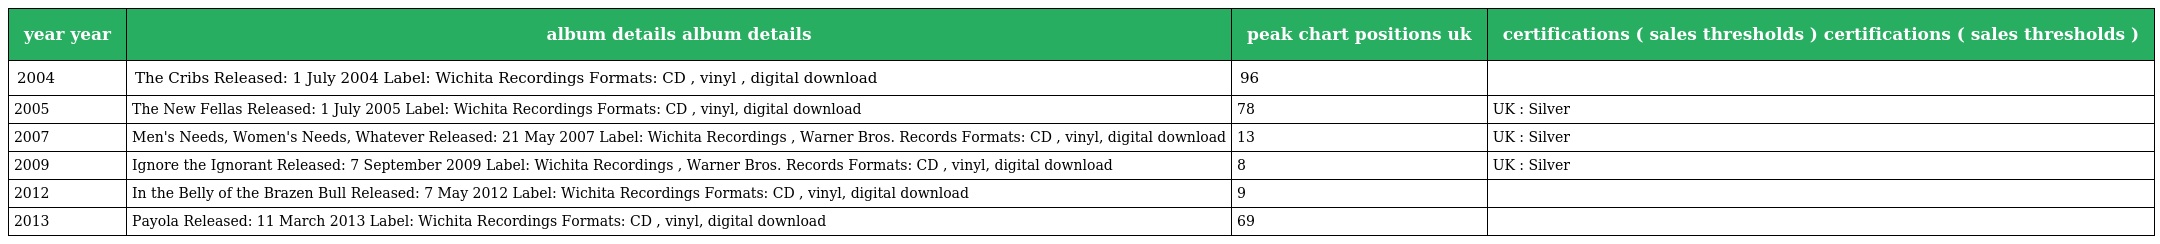
| year year | album details album details | peak chart positions uk | certifications ( sales thresholds ) certifications ( sales thresholds ) |
 | --- | --- | --- | --- |
 | 2004 | The Cribs Released: 1 July 2004 Label: Wichita Recordings Formats: CD , vinyl , digital download | 96 |  |
 | 2005 | The New Fellas Released: 1 July 2005 Label: Wichita Recordings Formats: CD , vinyl, digital download | 78 | UK : Silver |
 | 2007 | Men's Needs, Women's Needs, Whatever Released: 21 May 2007 Label: Wichita Recordings , Warner Bros. Records Formats: CD , vinyl, digital download | 13 | UK : Silver |
 | 2009 | Ignore the Ignorant Released: 7 September 2009 Label: Wichita Recordings , Warner Bros. Records Formats: CD , vinyl, digital download | 8 | UK : Silver |
 | 2012 | In the Belly of the Brazen Bull Released: 7 May 2012 Label: Wichita Recordings Formats: CD , vinyl, digital download | 9 |  |
 | 2013 | Payola Released: 11 March 2013 Label: Wichita Recordings Formats: CD , vinyl, digital download | 69 |  |